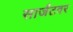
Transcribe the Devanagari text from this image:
सार्जंटवर